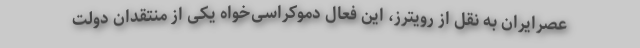
عصرایران به نقل از رویترز، این فعال دموکراسی‌خواه یکی از منتقدان دولت